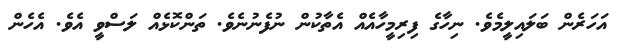
އަހަރެން ބަލައިލީމެވެ. ނިހާގެ ފިރިމީހާއެއް އެތާކުން ނުފެނުނެވެ. ތަންކޮޅެއް ލަސްވީ އެވެ. އެހެން